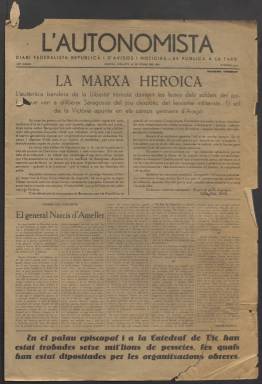
Título: L'Autonomista (Girona)
Colección: Periódicos
Ámbito geográfico: Gerona
Lugar de publicación: Girona
Fechas: 28/07/1936-11/06/1938